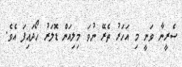
ސެރީނާ ވަނީ މި އަހަރު ތެރޭ ނުވަ މިލިއަން ޑޮލަރު ހޯދައިފަ އެވެ.